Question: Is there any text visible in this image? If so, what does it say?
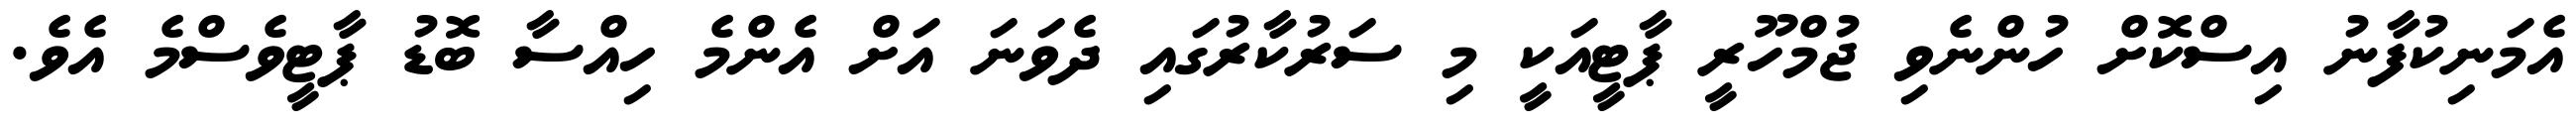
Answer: އެމަނިކުފާނު އިސްކޮށް ހުންނެވި ޖުމްހޫރީ ޕާޓީއަކީ މި ސަރުކާރުގައި ދެވަނަ އަށް އެންމެ ހިއްސާ ބޮޑު ޕާޓީވެސްމެ އެވެ.